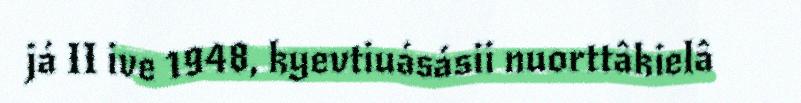
já II ive 1948, kyevtiuásásii nuorttâkielâ